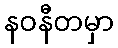
နဝနီတမှာ